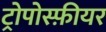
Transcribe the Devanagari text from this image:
ट्रोपोस्फ़ीयर